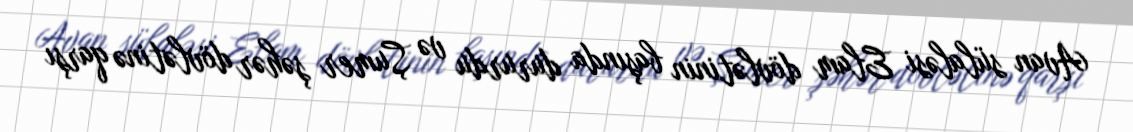
Avan sülaləsi Elam dövlətinin başında dururdu və Şumer şəhər dövlətinə qarşı